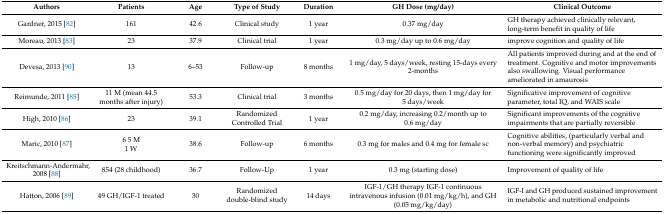
| Authors | Patients | Age | Type of Study | Duration | GH Dose (mg/day) | Clinical Outcome |
 | --- | --- | --- | --- | --- | --- | --- |
 | Gardner, 2015 [82] | 161 | 42.6 | Clinical study | 1 year | 0.37 mg/day | GH therapy achieved clinically relevant, long-term benefit in quality of life |
 | Moreau, 2013 [83] | 23 | 37.9 | Clinical trial | 1 year | 0.3 mg/day up to 0.6 mg/day | improve cognition and quality of life |
 | Devesa, 2013 [90] | 13 | 6–53 | Follow-up | 8 months | 1 mg/day, 5 days/week, resting 15-days every 2-months | All patients improved during and at the end of treatment. Cognitive and motor improvements also swallowing. Visual performance ameliorated in amaurosis |
 | Reimunde, 2011 [85] | 11 M (mean 44.5 months after injury) | 53.3 | Clinical trial | 3 months | 0.5 mg/day for 20 days, then 1 mg/day for 5 days/week | Significative improvement of cognitive parameter, total IQ, and WAIS scale |
 | High, 2010 [86] | 23 | 39.1 | Randomized Controlled Trial | 1 year | 0.2 mg/day, increasing 0.2/month up to 0.6 mg/day | Significant improvements of the cognitive impairments that are partially reversible |
 | Maric, 2010 [87] | 6 5 M1 W | 38.6 | Follow-up | 6 months | 0.3 mg for males and 0.4 mg for female sc | Cognitive abilities, (particularly verbal and non-verbal memory) and psychiatric functioning were significantly improved |
 | Kreitschmann-Andermahr, 2008 [88] | 854 (28 childhood) | 36.7 | Follow-Up | 1 year | 0.3 mg (starting dose) | Improvement of quality of life |
 | Hatton, 2006 [89] | 49 GH/IGF-1 treated | 30 | Randomized double-blind study | 14 days | IGF-1/GH therapy IGF-1 continuous intravenous infusion (0.01 mg/kg/h), and GH (0.05 mg/kg/day) | IGF-I and GH produced sustained improvement in metabolic and nutritional endpoints |